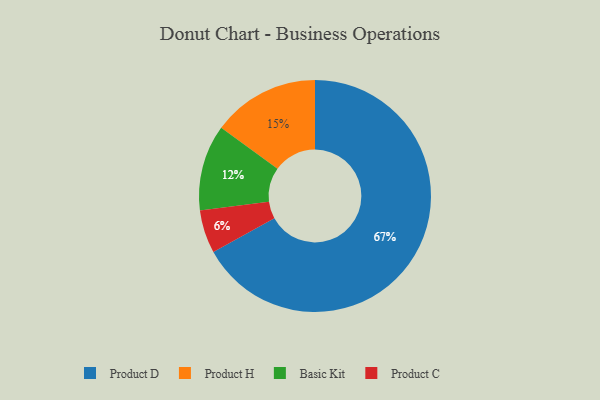
{"axis": {"x": "Category", "y": "Percentage"}, "legend": ["Basic Kit", "Product C", "Product D", "Product H"], "data": [{"x": "Product D", "y": 67, "type": "Product D"}, {"x": "Basic Kit", "y": 12, "type": "Basic Kit"}, {"x": "Product H", "y": 15, "type": "Product H"}, {"x": "Product C", "y": 6, "type": "Product C"}]}